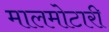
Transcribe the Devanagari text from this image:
मालमोटारी